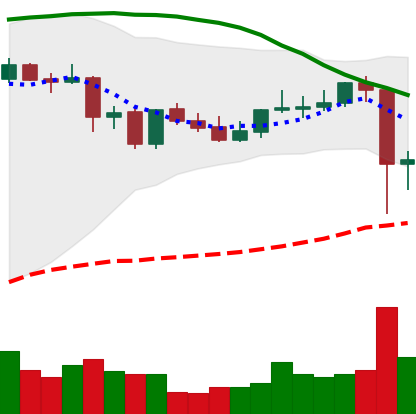
Ticker: DOGE-USD
Chart end date: 2021-09-08
Forward return: -8.248%
Label: down_7plus